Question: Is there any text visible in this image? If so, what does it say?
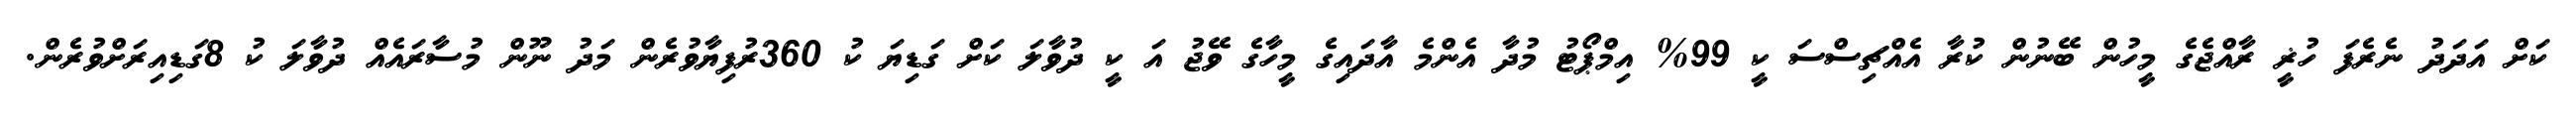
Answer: ކަށް އަދަދު ނެރެފަ ހުޜީ ރާއްޖެގެ މީހުން ބޭނުން ކުރާ އެއްޗިސްސަ ކީ 99% އިމްޕޯޓު މުދާ އެންމެ އާދައިގެ މީހާގެ ވޭޖު އަ ކީ ދުވާލަ ކަށް ގަޑިޔަ ކު 360ރުފިޔާވުރެން މަދު ނޫން މުސާރައެއް ދުވާލަ ކު 8ގަޑިއިރަށްވުރެން.